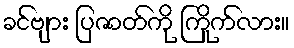
ခင်ဗျား ပြဇာတ်ကို ကြိုက်လား။